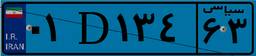
۳۰D۲۹۳۵۸